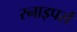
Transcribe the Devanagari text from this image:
स्नाइपर्स